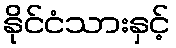
နိုင်ငံသားနှင့်